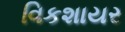
વિકશાયર